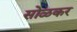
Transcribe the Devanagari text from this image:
सोळकर